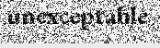
unexceptable